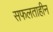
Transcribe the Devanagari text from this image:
सफलताहीन